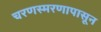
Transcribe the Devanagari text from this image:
चरणस्मरणापासून